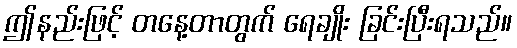
ဤနည်းဖြင့် တနေ့တာတွက် ရေချိုး ခြင်းပြီးရသည်။